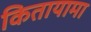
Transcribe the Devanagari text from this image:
कितायामा